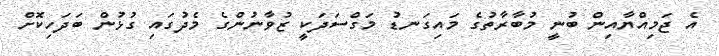
އެ ޖަމިއްޔާއިން ބުނީ މުބާރާތުގެ މައިގަނޑު މަަގްސަދަކީ ޒުވާނުންގެ މެދުގައި ގުޅުން ބަދަހިކޮށް